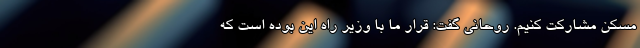
مسکن مشارکت کنیم. روحانی گفت: قرار ما با وزیر راه این بوده است که